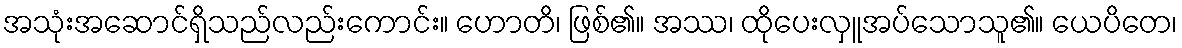
အသုံးအဆောင်ရှိသည်လည်းကောင်း။ ဟောတိ၊ ဖြစ်၏။ အဿ၊ ထိုပေးလှူအပ်သောသူ၏။ ယေပိတေ၊